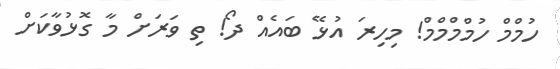
ހުމްމް ހުމްމްމްމް! މިހިރަ އުޅޭ ބައެއް ދޯ! ތި ވަރަށް މާ ގޮޅުވާކަށް